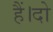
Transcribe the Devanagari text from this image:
हैं।दो